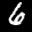
Label: 6